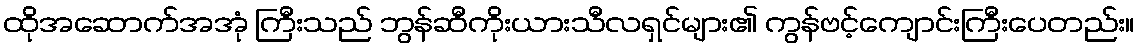
ထိုအဆောက်အအုံ ကြီးသည် ဘွန်ဆီကိုးယားသီလရှင်များ၏ ကွန်ဗင့်ကျောင်းကြီးပေတည်း။